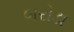
બરોડા